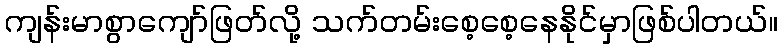
ကျန်းမာစွာကျော်ဖြတ်လို့ သက်တမ်းစေ့စေ့နေနိုင်မှာဖြစ်ပါတယ်။